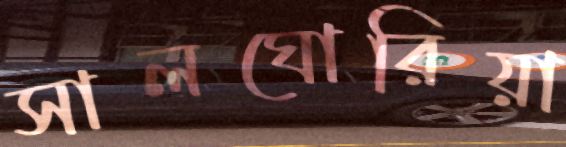
সালঘোরিয়া